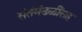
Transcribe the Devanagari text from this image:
संतंमंडळींसह